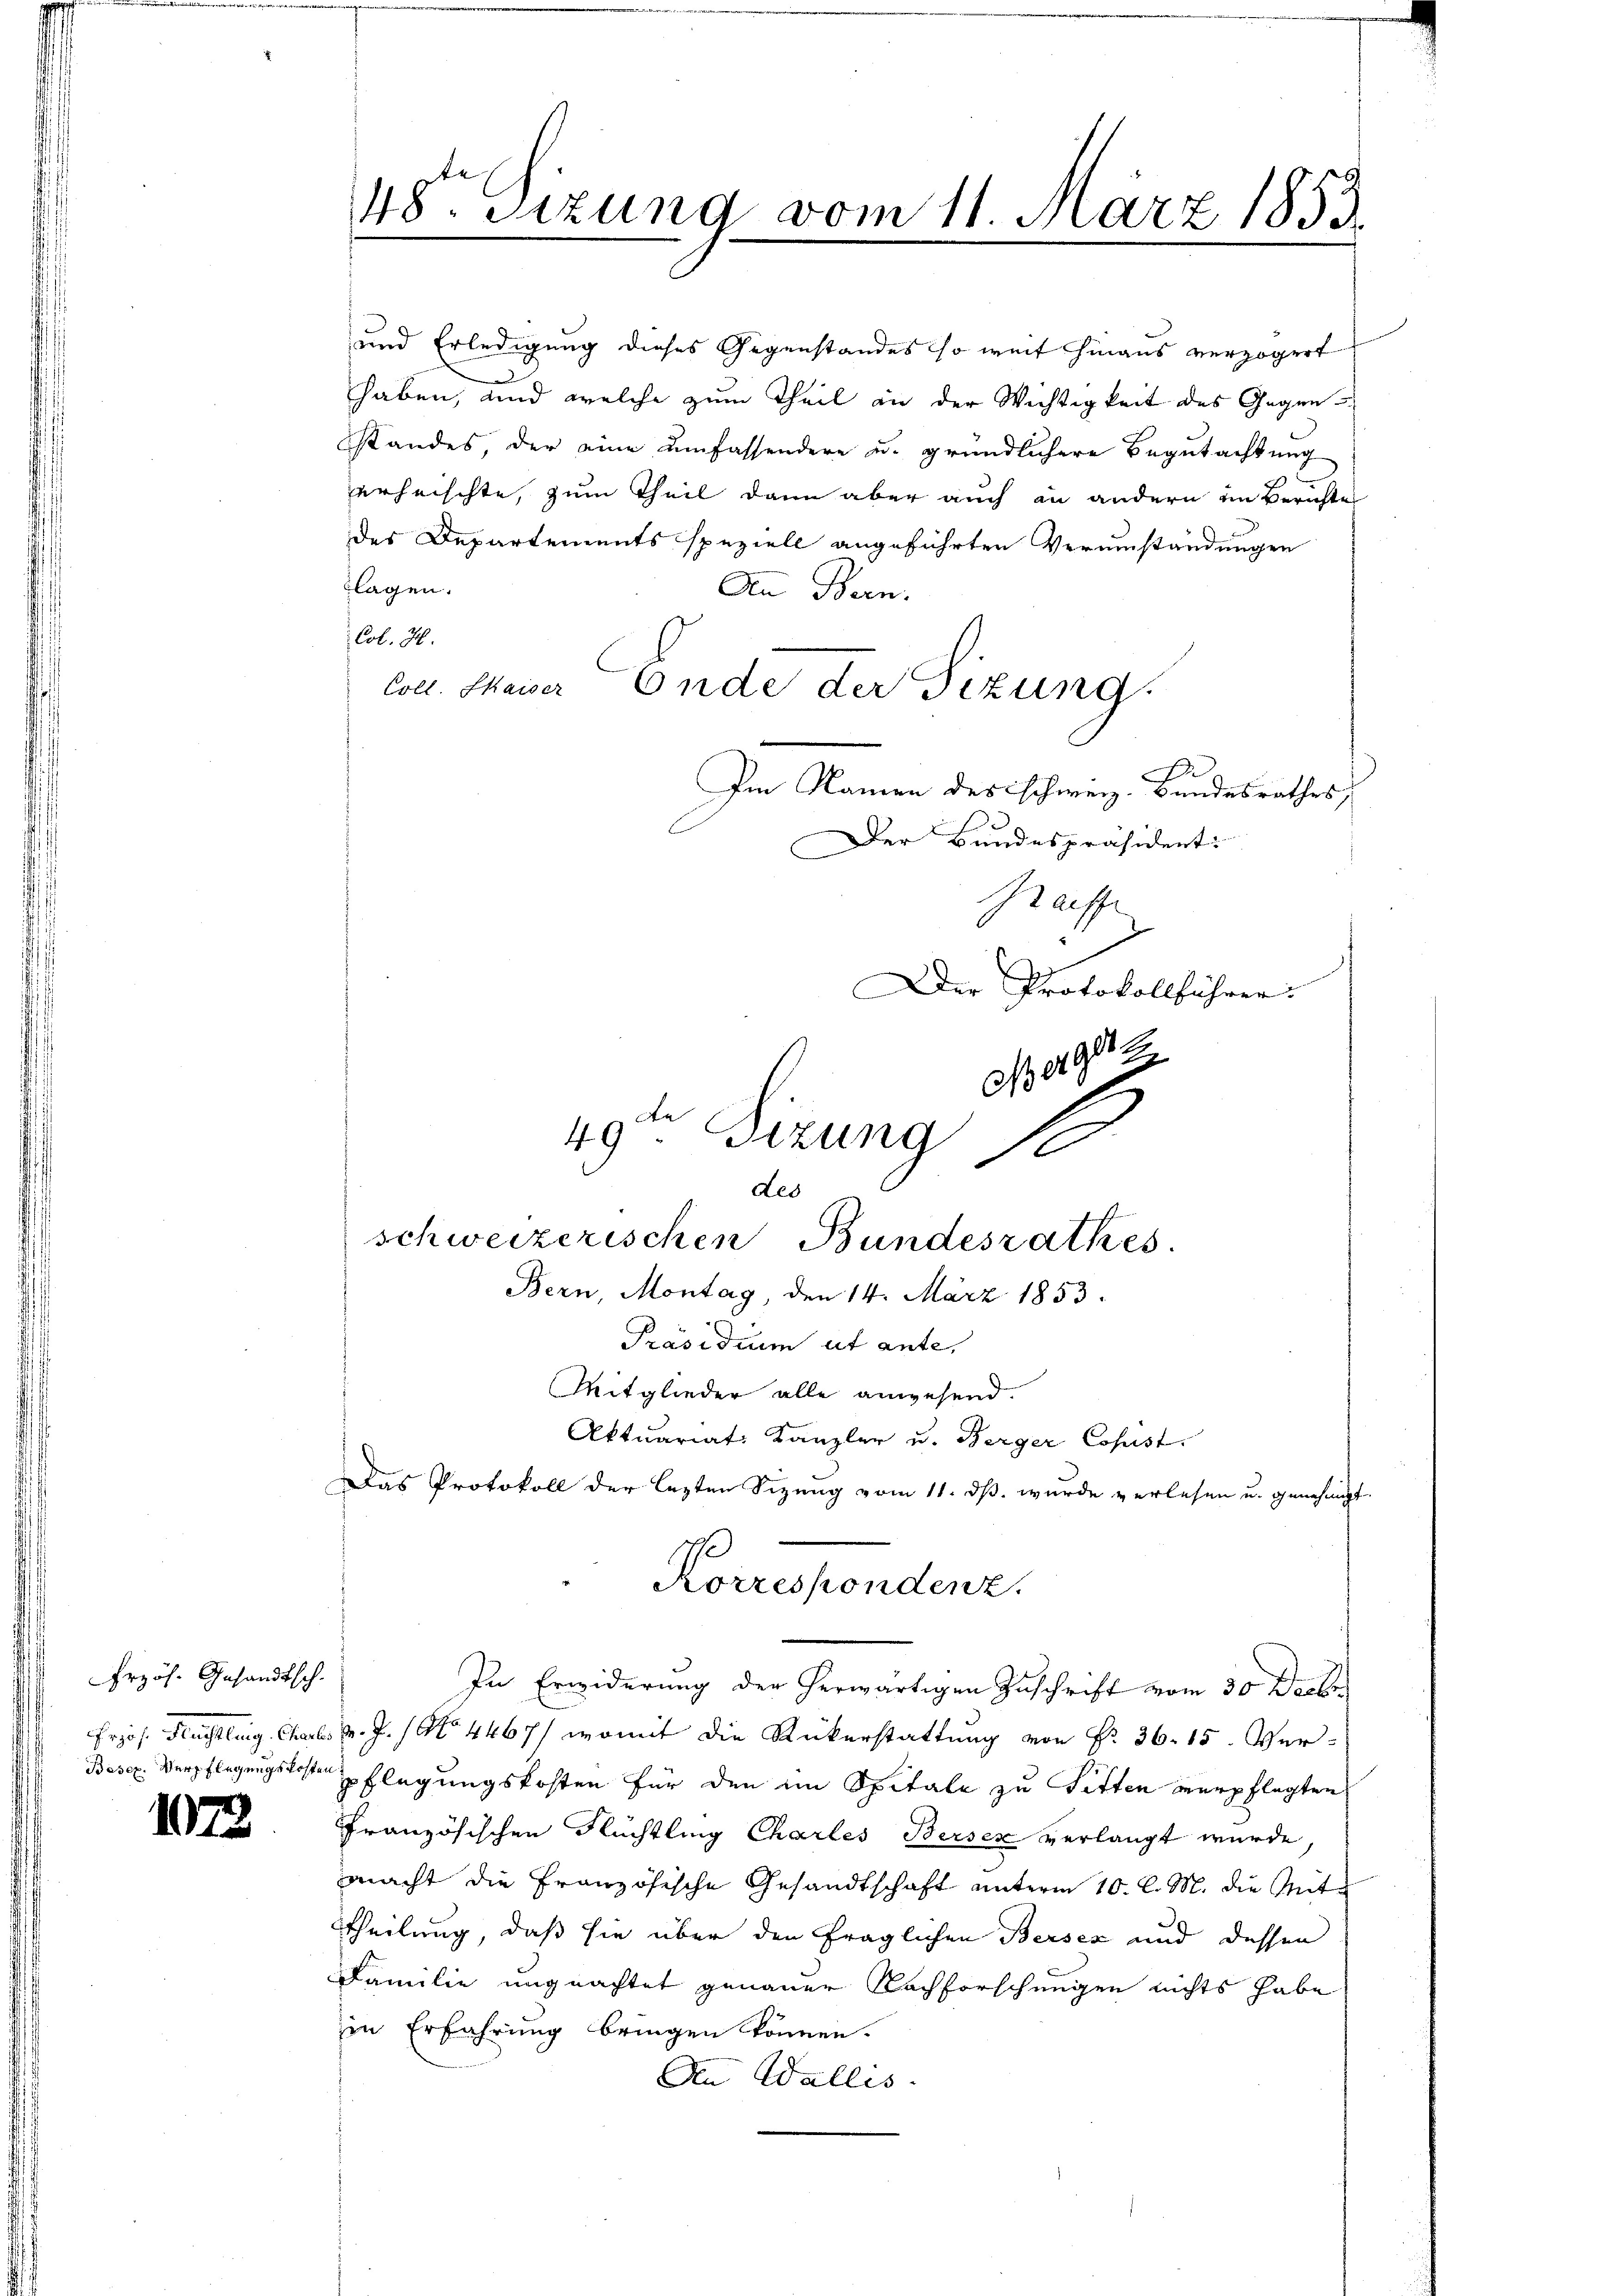
Erzös. Gesandtsch.
Erjös. Heuchtleig. Charlo
Besex. Verpflegungskoste

1073

48. Sizung vom 11. März 1853.

und Erledigung dieses Gegenstandes so weit hinaus verzögert

haben, und welche zum Theil an der Wichtigkeit des Gegen
standes der eine umfassendere u. gründlichere Begutachtung
erheischte, zum Theil dann aber auch an andern im Berichte
des Departements speziell angeführten Verumständungen
lagen.
An Bern.
Col. M.
Coll. Kaiser Ende der Sizung.
Im Namen des schweiz. Bandesrathes,
Der Bundespräsident.

C
Graiffe
Der Protokollführer.
 942
49te Sitzung 18

In Erwiderung der herwärtigen Zuschrift vom 30 Decbr
v. J. No. 4467/ womit die Rükerstattung von Nr. 36. 15. Ver-
pflegungskosten für den im Spitale zu Fitten verpflegten
Französischen Rechtling Chartes Berses verlangt wurde,
macht die Französische Gesandtschaft unterm 10. l. M. die Mite
Theilung, daß sie über den fraglichen Bersez und dessen
Familie ungeachtet genauer Nachforschungen nichts habe
in Erfahrung bringen können.
An Wallis.

Les
schweizerischen Bundesrathes.
Bern, Montag den 14. März 1853.
Präsidium ut ante,
Mitglieder alle anwesend.
Aktuariat Kanzler u. Berger Copist.

Das Protokoll der lezten Sizung vom 11. ds. wurde verlesen u. genehmigt.
Korrespondenz.